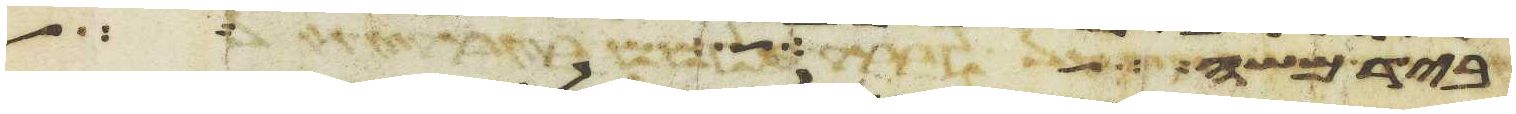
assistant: ביד משה ויהי